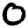
Digit: 0